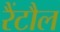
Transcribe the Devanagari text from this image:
रैंटौल